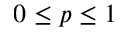
0 \leq p \leq 1